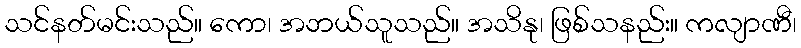
သင်နတ်မင်းသည်။ ကော၊ အဘယ်သူသည်။ အသိနု၊ ဖြစ်သနည်း။ ကလျာဏီ၊